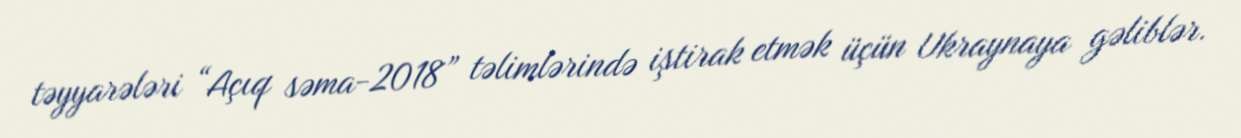
təyyarələri “Açıq səma-2018” təlimlərində iştirak etmək üçün Ukraynaya gəliblər.